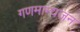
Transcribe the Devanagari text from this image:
गणमान्यजन